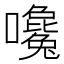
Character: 嚵